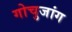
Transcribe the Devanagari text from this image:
गोचुजांग